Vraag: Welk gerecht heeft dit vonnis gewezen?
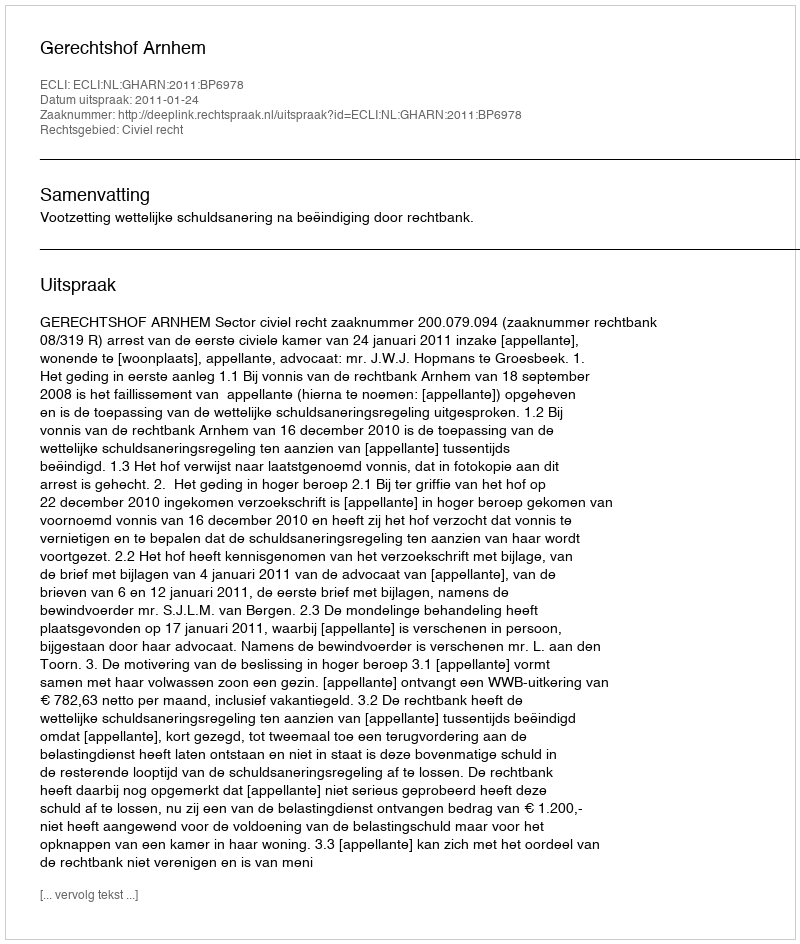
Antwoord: Gerechtshof Arnhem